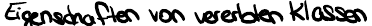
Eigenschaften von vererbten Klassen